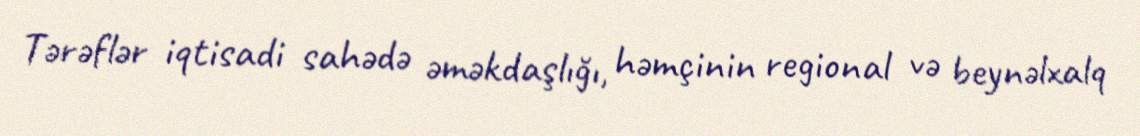
Tərəflər iqtisadi sahədə əməkdaşlığı, həmçinin regional və beynəlxalq